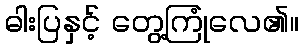
ဓါးပြနှင့် တွေ့ကြုံလေ၏။